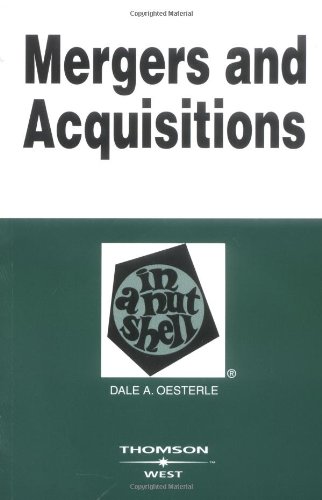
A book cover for Mergers and Acquisitions in a Nutshell; Dale Oesterle; Law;